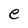
Character: e